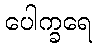
ပေါက္ခရေ